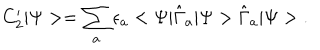
C _ { 2 } ^ { \prime } | \Psi > = \sum _ { a } \epsilon _ { a } < \Psi | \hat { \Gamma } _ { a } | \Psi > \hat { \Gamma } _ { a } | \Psi > \; .